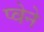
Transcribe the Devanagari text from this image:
प्वेने